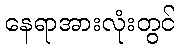
နေရာအားလုံးတွင်